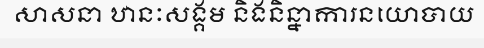
សាសនា ឋានៈសង្គម និងនិន្នាការនយោបាយ